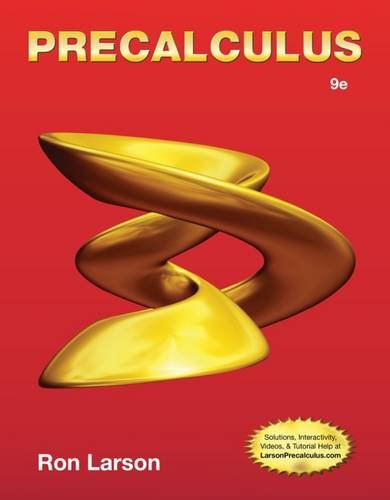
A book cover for Precalculus, 9th Edition; Ron Larson; Science & Math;